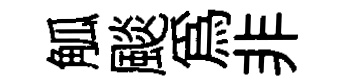
觚颷爲非